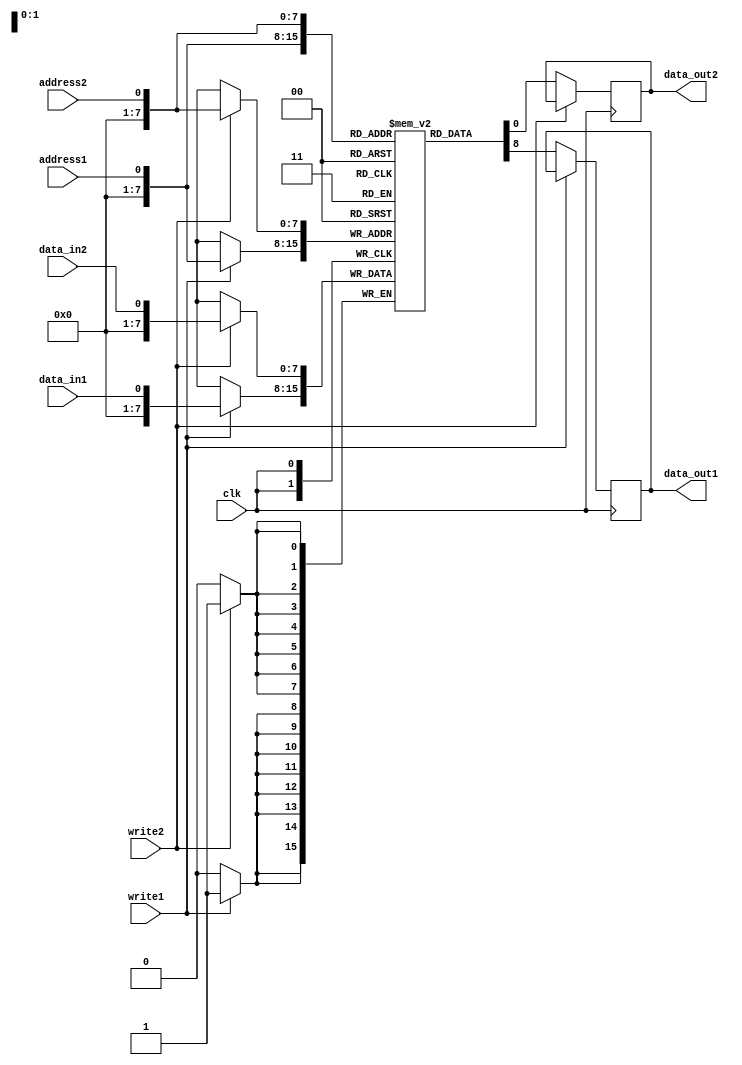
`timescale 1ns / 1ps
//////////////////////////////////////////////////////////////////////////////////
// Company: 
// Engineer: 
// 
// Design Name: 
// Module Name: Dual_Port_Ram
// Project Name: 
// Target Devices: 
// Tool Versions: 
// Description: 
// 
// Dependencies: 
// 
// Revision:
// Revision 0.01 - File Created
// Additional Comments:
// 
////////////////////////////////////////////////////////////////////////////////


module Dual_Port_Ram(
    input clk,
    input data_in1,
    input data_in2,
    input address1,
    input address2,
    input write1,
    input write2,
    output reg data_out1,
    output reg data_out2
    );
    reg [7:0]ram[255:0];
    always @(posedge clk)begin
        if(write1)begin
            ram[address1] <= data_in1;
        end else begin
            data_out1 <= ram[address1];
        end
    end
    always @(posedge clk)begin
        if(write2)begin
            ram[address2] <= data_in2;
        end else begin
            data_out2 <= ram[address2];
        end
    end
endmodule